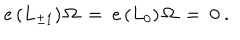
e \, ( L _ { \pm 1 } ) \, \Omega \ = \ e \, ( L _ { 0 } ) \, \Omega \ = \ 0 \ .